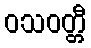
ဝသဝတ္တီ